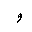
Letter: _waw